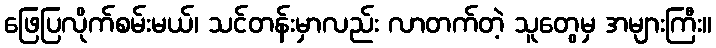
ဖြေပြလိုက်စမ်းမယ်၊ သင်တန်းမှာလည်း လာတက်တဲ့ သူတွေမှ အများကြီး။